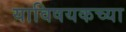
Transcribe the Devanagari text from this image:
याविषयकच्या